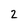
Character: 2